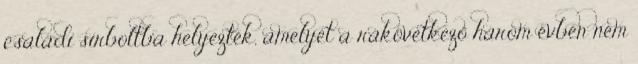
családi sírboltba helyezték, amelyet a rákövetkező három évben nem